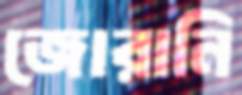
জোরানি